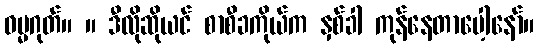
ဓမ္မဂုတ်။ ။ ဒီလိုဆိုယင် စာစီခကိုယ်က နှစ်ခါ ကုန်နေတာပေါ့နော်။